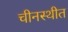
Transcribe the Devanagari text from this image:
चीनस्थीत